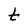
Character: t